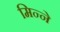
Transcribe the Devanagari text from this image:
मिन्ने